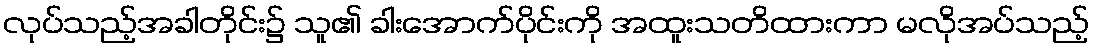
လုပ်သည့်အခါတိုင်း၌ သူ၏ ခါးအောက်ပိုင်းကို အထူးသတိထားကာ မလိုအပ်သည့်